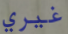
غيري